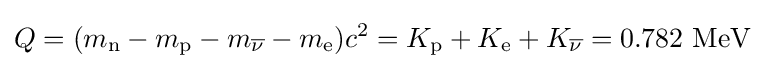
Q=(m_{\text{n}}-m_{\text{p}}-m_{\overline {\nu }}-m_{\text{e}})c^{2}=K_{\text{p}}+K_{\text{e}}+K_{\overline {\nu }}=0.782~{\text{MeV}}